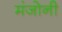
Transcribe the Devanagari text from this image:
मंजोनी